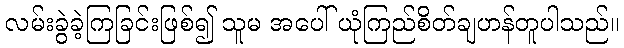
လမ်းခွဲခဲ့ကြခြင်းဖြစ်၍ သူမ အပေါ် ယုံကြည်စိတ်ချဟန်တူပါသည်။